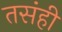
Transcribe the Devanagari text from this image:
तसंही